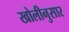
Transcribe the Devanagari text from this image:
खोलीनुसार